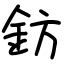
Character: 鈁